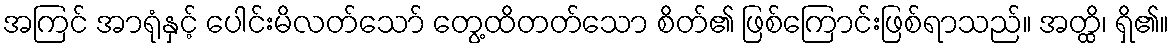
အကြင် အာရုံနှင့် ပေါင်းမိလတ်သော် တွေ့ထိတတ်သော စိတ်၏ ဖြစ်ကြောင်းဖြစ်ရာသည်။ အတ္ထိ၊ ရှိ၏။